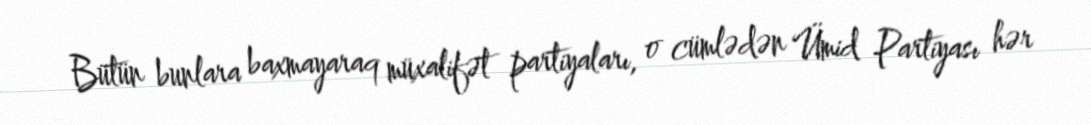
Bütün bunlara baxmayaraq müxalifət partiyaları, o cümlədən Ümid Partiyası hər